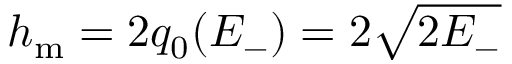
h _ { \mathrm { m } } = 2 q _ { 0 } ( E _ { - } ) = 2 \sqrt { 2 E _ { - } }